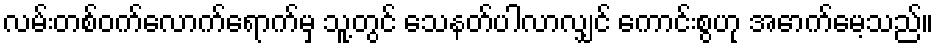
လမ်းတစ်ဝက်လောက်ရောက်မှ သူ့တွင် သေနတ်ပါလာလျှင် ကောင်းစွဟု အောက်မေ့သည်။